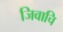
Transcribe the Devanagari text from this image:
जिवाचि